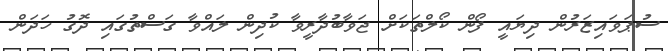
ސުޕަވައިޒަރުން ދިޔައީ ފޯން ކޯލްތަކަށް ޖަވާބުދާރީވާ ކުދިން ލައްވާ ގަސްތުގައި ދޮގު ހަދަން